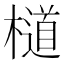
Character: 檤